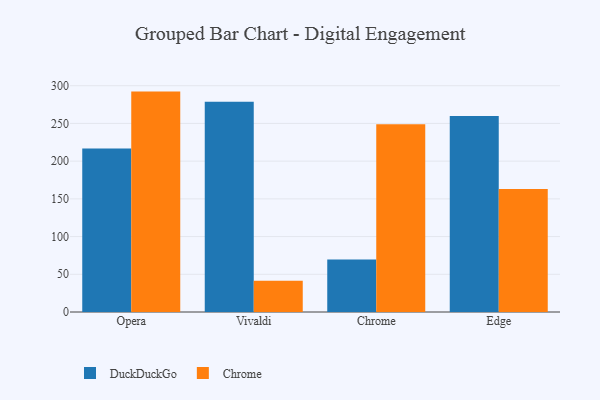
{"axis": {"x": "Browser", "y": "Latency (ms)"}, "legend": ["Chrome", "DuckDuckGo"], "data": [{"x": "Opera", "y": 216.7, "type": "DuckDuckGo"}, {"x": "Opera", "y": 292.2, "type": "Chrome"}, {"x": "Vivaldi", "y": 278.9, "type": "DuckDuckGo"}, {"x": "Vivaldi", "y": 41.3, "type": "Chrome"}, {"x": "Chrome", "y": 69.6, "type": "DuckDuckGo"}, {"x": "Chrome", "y": 249.0, "type": "Chrome"}, {"x": "Edge", "y": 259.9, "type": "DuckDuckGo"}, {"x": "Edge", "y": 163.1, "type": "Chrome"}]}